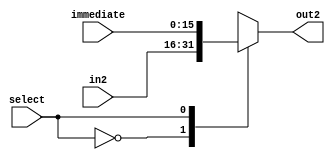
`timescale 1ns / 1ps
//////////////////////////////////////////////////////////////////////////////////
// Company: 
// Engineer: 
// 
// Design Name: 
// Module Name:    Mux2 
// Project Name: 
// Target Devices: 
// Tool versions: 
// Description: 
//
// Dependencies: 
//
// Revision: 
// Revision 0.01 - File Created
// Additional Comments: 
//
//////////////////////////////////////////////////////////////////////////////////
module Mux2(
	input select,
	input [15:0] immediate, in2,
	output reg [15:0] out2
    );
	 
	 always@(select) begin
		case(select)
		1'b0: out2 = in2;
		1'b1: out2 = immediate;
		endcase
	 end
endmodule